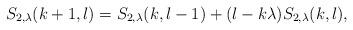
LaTeX: \begin{align*}S_{2,\lambda}(k+1,l)=S_{2,\lambda}(k,l-1)+(l-k\lambda)S_{2,\lambda}(k,l),\end{align*}